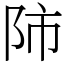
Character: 𨸲